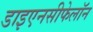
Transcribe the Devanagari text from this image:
डाइएनसीफेलॉन